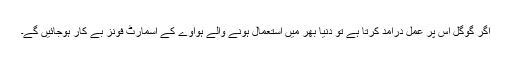
اگر گوگل اس پر عمل درآمد کرتا ہے تو دنیا بھر میں استعمال ہونے والے ہواوے کے اسمارٹ فونز بے کار ہوجائیں گے۔